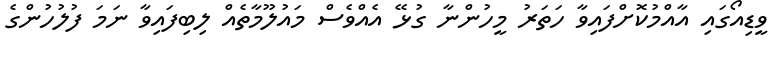
ވީޑިއޯގައި އާއްމުކޮށްފައިވާ ހަތަރު މީހުންނާ ގުޅޭ އެއްވެސް މައުލޫމާތެއް ލިބިފައިވާ ނަމަ ފުލުހުންގެ